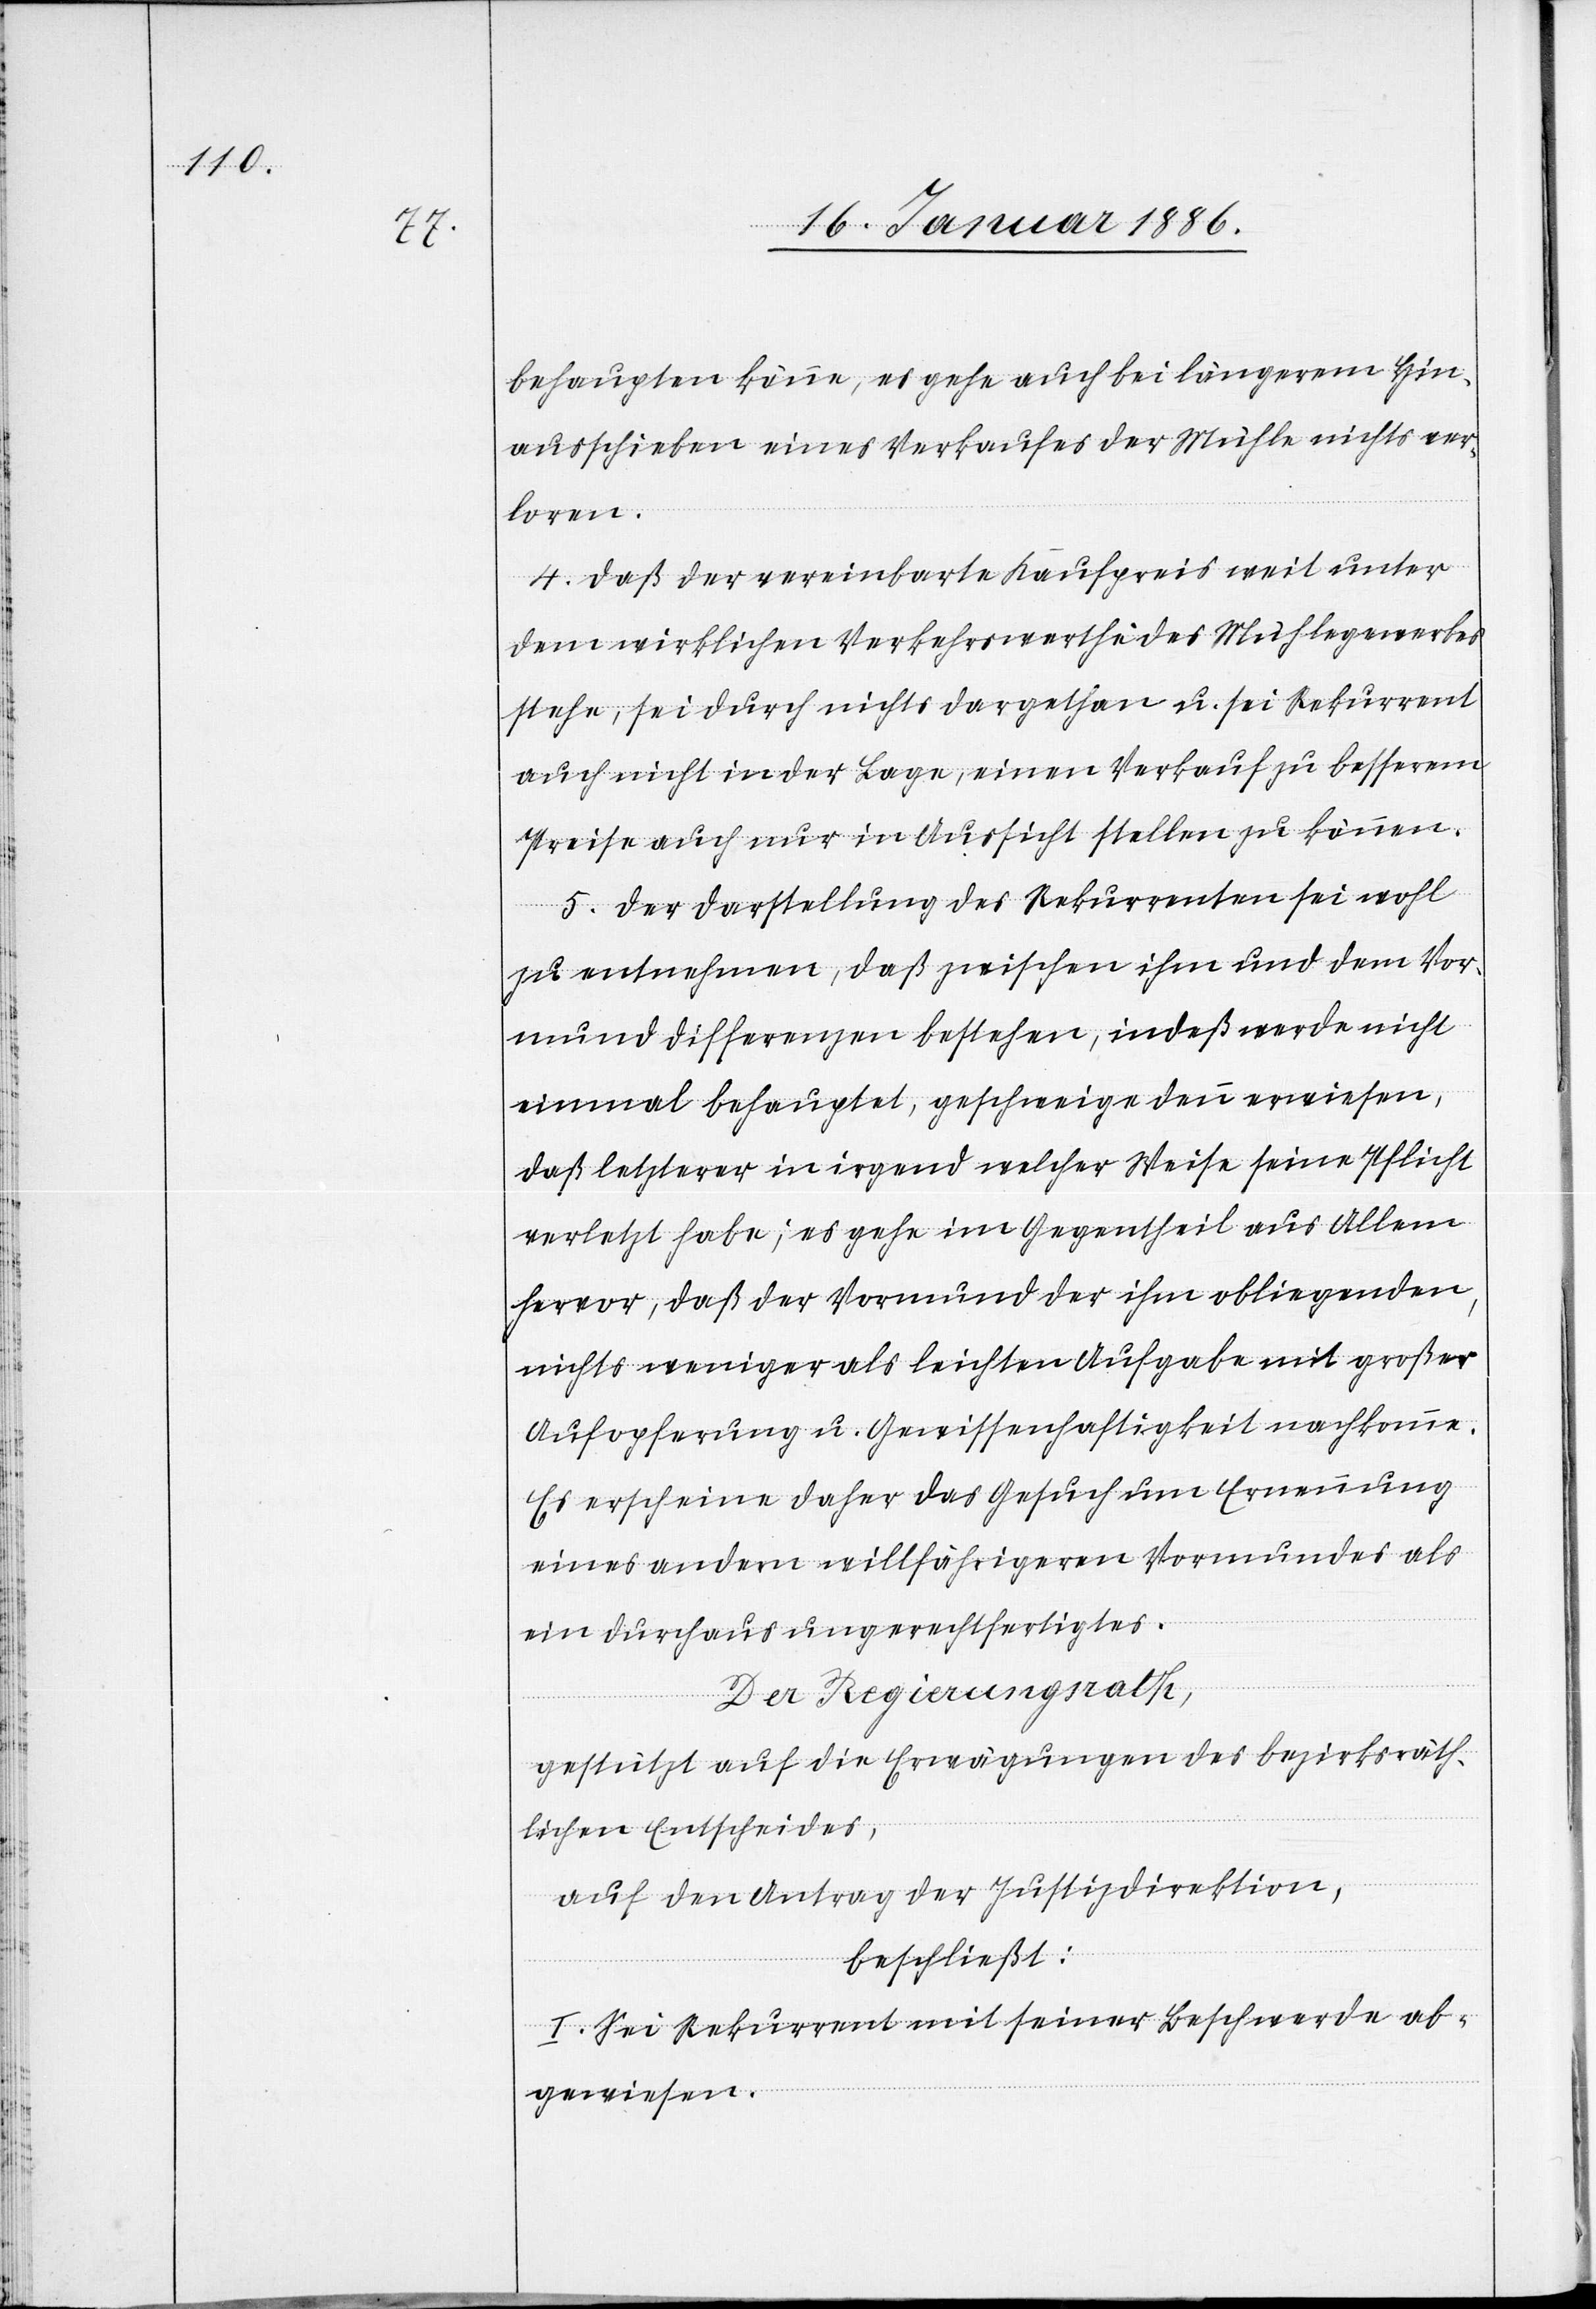
behaupten könne, es gehe auch bei längerem Hin¬
ausschieben eines Verkaufes der Mühle nichts ver¬
loren.
4. Daß der vereinbarte Kaufpreis weit unter
dem wirklichen Verkehrswerth des Mühlegewerbes
stehe, sei durch nichts dargethan u. sei Rekurrent
auch nicht in der Lage, einen Verkauf zu besserem
Preise auch nur in Aussicht stellen zu können.
5. Der Darstellung des Rekurrenten sei wohl
zu entnehmen, daß zwischen ihm und dem Vor¬
mund Differenzen bestehen, indeß werde nicht
einmal behauptet, geschweige denn erwiesen,
daß letzterer in irgend welcher Weise seine Pflicht
verletzt habe; es gehe im Gegentheil aus Allem
hervor, daß der Vormund der ihm obliegenden
nichts weniger als leichten Aufgabe mit großer
Aufopferung u. Gewissenhaftigkeit nachkomme.
Es erscheine daher das Gesuch um Erneuerung
eines an dem willfährigeren Vormundes als
ein durchaus ungerechtfertigtes.
Der Regierungsrath,
gestützt auf die Erwägung des bezirksräth¬
lichen Entscheides,
auf den Antrag der Justizdirektion,
beschließt:
I. Sei Rekurrent mit seiner Beschwerde ab¬
gewiesen.